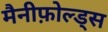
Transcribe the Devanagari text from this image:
मैनीफ़ोल्ड्स